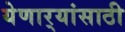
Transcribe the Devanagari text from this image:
येणार्‍यांसाठी